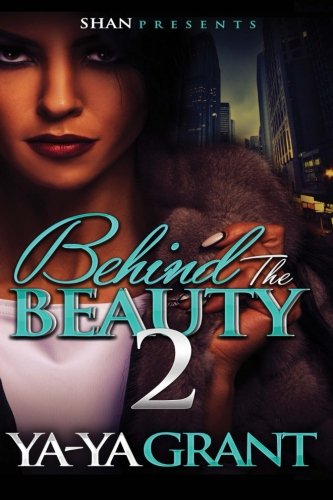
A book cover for Behind the Beauty 3; YaYa Grant; Literature & Fiction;